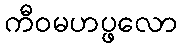
ကီဝမဟပ္ဖလော